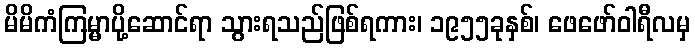
မိမိကံကြမ္မာပို့ဆောင်ရာ သွားရသည်ဖြစ်ရကား၊ ၁၉၅၅ခုနှစ်၊ ဖေဖော်ဝါရီလမှ